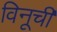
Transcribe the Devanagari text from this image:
विनूची